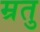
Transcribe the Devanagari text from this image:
म्रतु